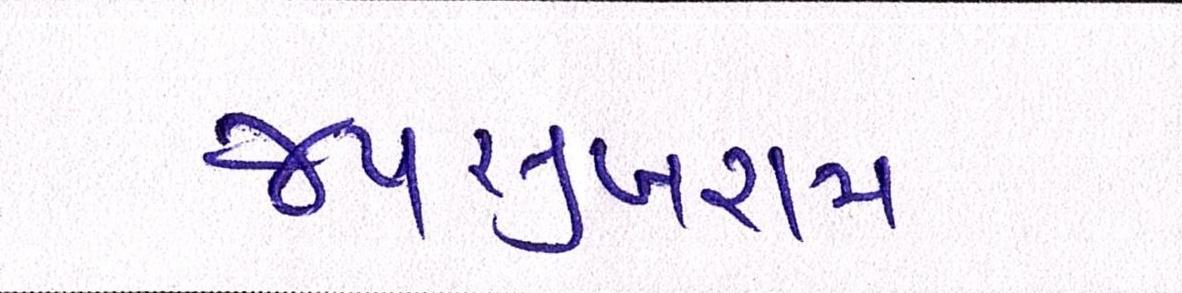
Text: જયસુખરામ